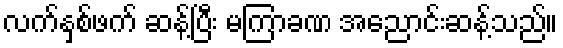
လက်နှစ်ဖက် ဆန့်ပြီး မကြာခဏ အညောင်းဆန့်သည်။